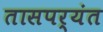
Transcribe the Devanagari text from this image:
तासपर्यंत